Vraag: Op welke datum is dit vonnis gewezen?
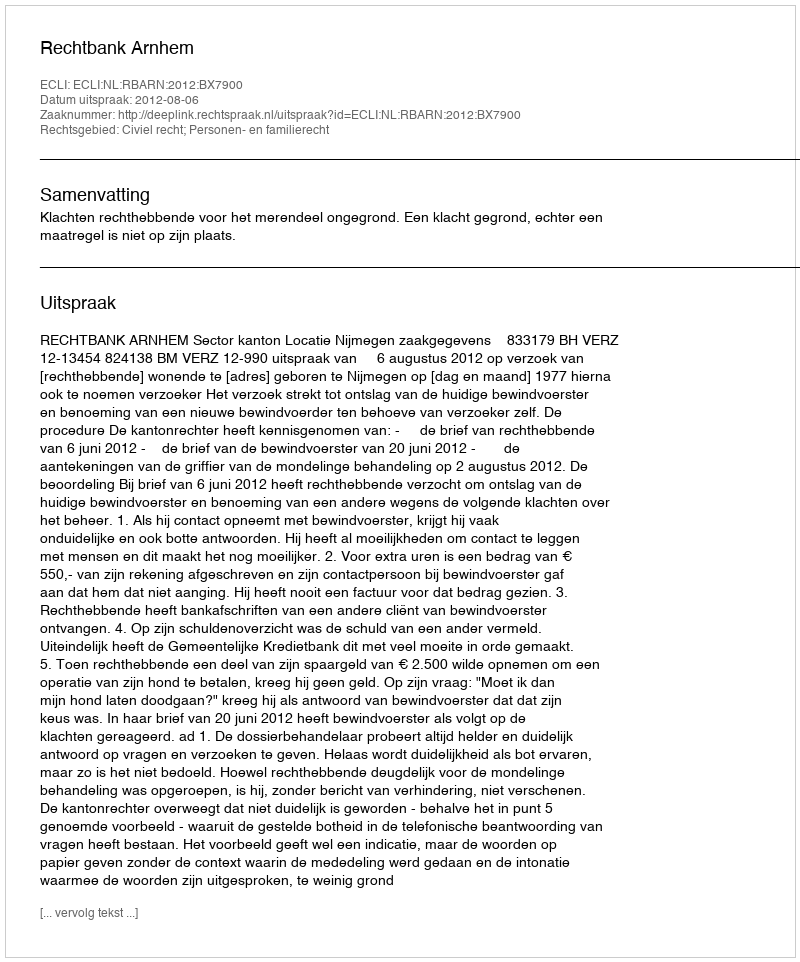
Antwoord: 2012-08-06